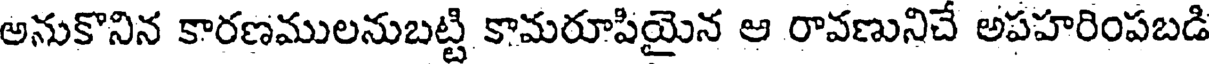
అనుకొనిన కారణములనుబట్టి కామరూపియైన ఆ రావణునిచే అపహరింపబడి